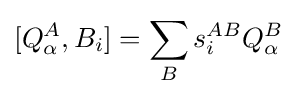
[Q_{\alpha }^{A},B_{i}]=\sum _{B}s_{i}^{AB}Q_{\alpha }^{B}